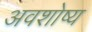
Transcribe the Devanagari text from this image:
अवशोष्य